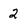
Character: 2